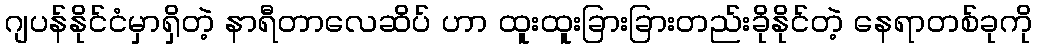
ဂျပန်နိုင်ငံမှာရှိတဲ့ နာရီတာလေဆိပ် ဟာ ထူးထူးခြားခြားတည်းခိုနိုင်တဲ့ နေရာတစ်ခုကို